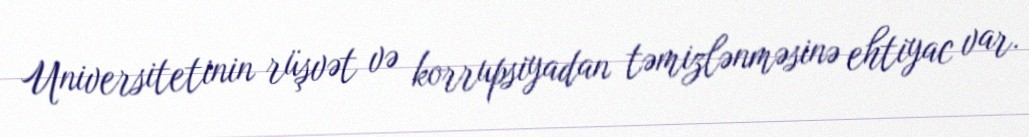
Universitetinin rüşvət və korrupsiyadan təmizlənməsinə ehtiyac var.